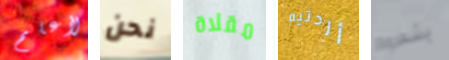
لأعلم نحن مقلاة أردتيه يشعروا